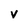
Character: v